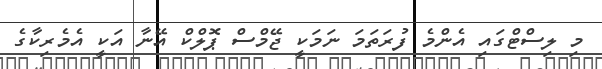
މި ލިސްޓްގައި އެންމެ ފުރަތަމަ ނަމަކީ ޖޭމްސް ޕޮލްކް އޭނާ އަކީ އެމެރިކާގެ